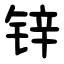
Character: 锌